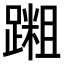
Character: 𫏝